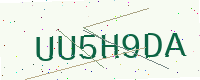
Text: UU5H9DA